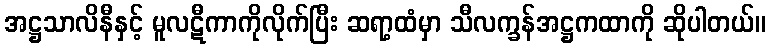
အဋ္ဌသာလိနီနှင့် မူလဋီကာကိုလိုက်ပြီး ဆရာ့ထံမှာ သီလက္ခန်အဋ္ဌကထာကို ဆိုပါတယ်။